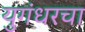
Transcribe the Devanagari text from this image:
युगंधरचा